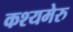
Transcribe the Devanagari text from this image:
कश्यमेरु